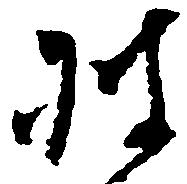
披